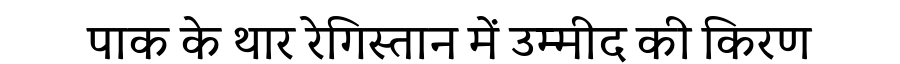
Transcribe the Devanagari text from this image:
पाक के थार रेगिस्तान में उम्मीद की किरण